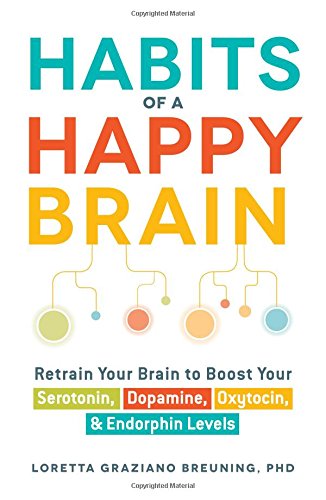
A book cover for Habits Of A Happy Brain: Retrain Your Brain to Boost Your Serotonin, Dopamine, Oxytocin, & Endorphin Levels; Loretta Graziano Breuning PhD; Self-Help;